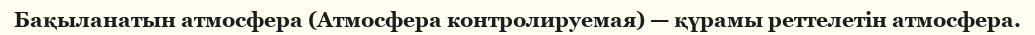
Бақыланатын атмосфера (Атмосфера контролируемая) — қүрамы реттелетін атмосфера.